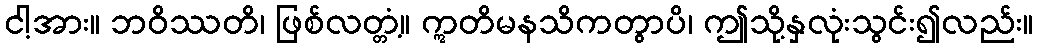
ငါ့အား။ ဘဝိဿတိ၊ ဖြစ်လတ္တံ့။ ဣတိမနသိကတွာပိ၊ ဤသို့နှလုံးသွင်း၍လည်း။